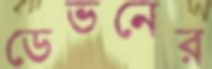
ডেভনের